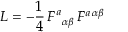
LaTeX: { \cal L } = - { \frac { 1 } { 4 } } \, F _ { \, \ \alpha \beta } ^ { a } \, F ^ { a \, \alpha \beta }